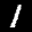
Label: 1